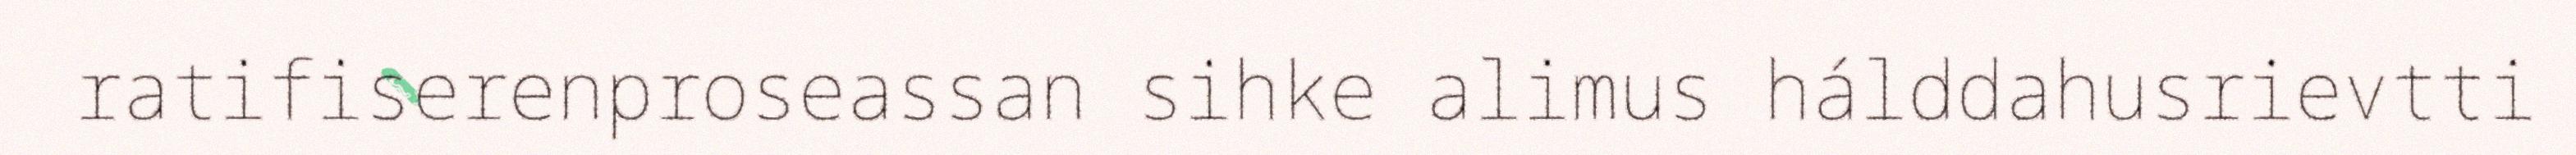
ratifiserenproseassan sihke alimus hálddahusrievtti